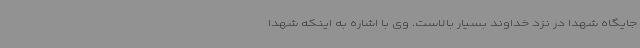
جایگاه شهدا در نزد خداوند بسیار بالاست. وی با اشاره به اینکه شهدا